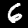
Digit: 6